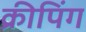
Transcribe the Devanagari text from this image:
क्रीपिंग